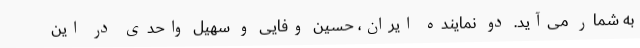
به شمار می‌آید. دو نماینده ایران، حسین وفایی و سهیل واحدی در این